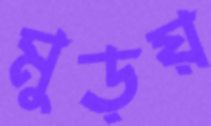
মুড়য়